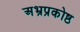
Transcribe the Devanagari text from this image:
अभ्रप्रकोष्ठ